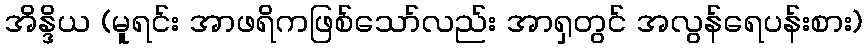
အိန္ဒိယ (မူရင်း အာဖရိကဖြစ်သော်လည်း အာရှတွင် အလွန်ရေပန်းစား)